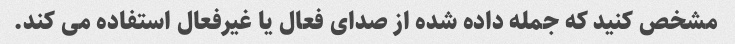
مشخص کنید که جمله داده شده از صدای فعال یا غیرفعال استفاده می کند.